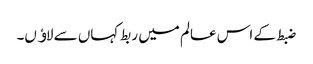
ضبط کے اس عالم میں ربط کہاں سے لاﺅں۔